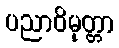
ပညာဝိမုတ္တာ